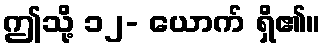
ဤသို့ ၁၂- ယောက် ရှိ၏။